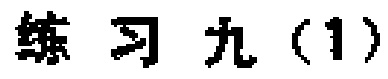
练习九（1）